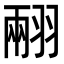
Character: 𦑅